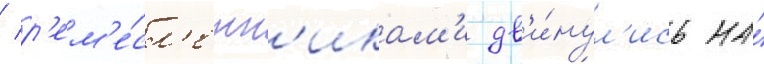
/ р'ем'е́сл'енн'икам'и дв'и́нул'ись на́